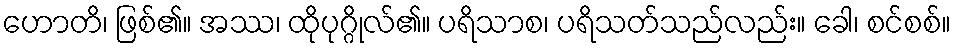
ဟောတိ၊ ဖြစ်၏။ အဿ၊ ထိုပုဂ္ဂိုလ်၏။ ပရိသာစ၊ ပရိသတ်သည်လည်း။ ခေါ၊ စင်စစ်။